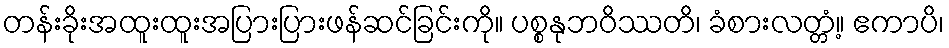
တန်းခိုးအထူးထူးအပြားပြားဖန်ဆင်ခြင်းကို။ ပစ္စနုဘဝိဿတိ၊ ခံစားလတ္တံ့။ ဧကာပိ၊